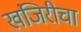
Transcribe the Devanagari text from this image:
खंजिरीचा